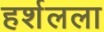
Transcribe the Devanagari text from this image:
हर्शलला